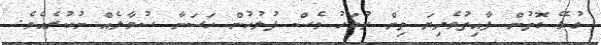
ގުޅޭ ގޮތުން ފާއިތުވެދިޔަ ތިން ދުވަހު ވެސް ފުލުހުން ހަސަނާ ސުވާލެއް ނުކުރެއެވެ.